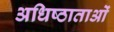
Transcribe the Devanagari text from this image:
अधिष्ठाताओं